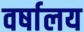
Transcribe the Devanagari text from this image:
वर्षालय